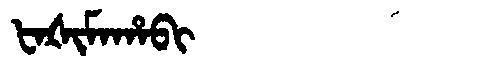
Manchu: ᡶᠠᡧᡳᠮᠠᡥᠠᠪᡳ
Romanization: FAŠIMAHABI